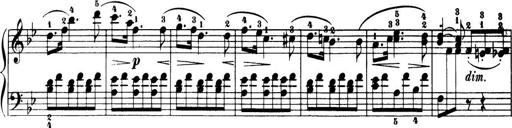
Title: 32 Sonatinas and Rondos for the Piano
Composer: Richard Kleinmichel